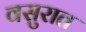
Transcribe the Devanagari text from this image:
वसुरात